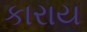
કારાય